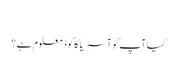
‬
‫کیا آپ کو آسٹریا کا کوڈ معلوم ہے؟